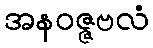
အနဝဇ္ဇဗလံ